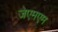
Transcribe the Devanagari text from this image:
जेएमएम